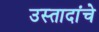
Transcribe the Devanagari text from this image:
उस्तादांचे